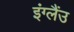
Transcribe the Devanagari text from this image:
इंग्लैंउ